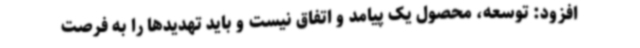
افزود: توسعه، محصول یک پیامد و اتفاق نیست و باید تهدیدها را به فرصت